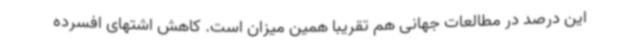
این درصد در مطالعات جهانی هم تقریبا همین میزان است. کاهش اشتهای افسرده